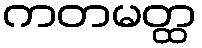
ကတမတ္ထ